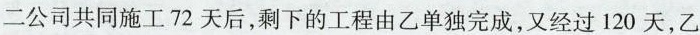
二公司共同施工72天后，剩下的工程由乙单独完成，又经过120天，乙